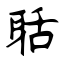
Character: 聒